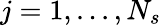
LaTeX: j=1,...,N_{s}